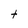
Character: t